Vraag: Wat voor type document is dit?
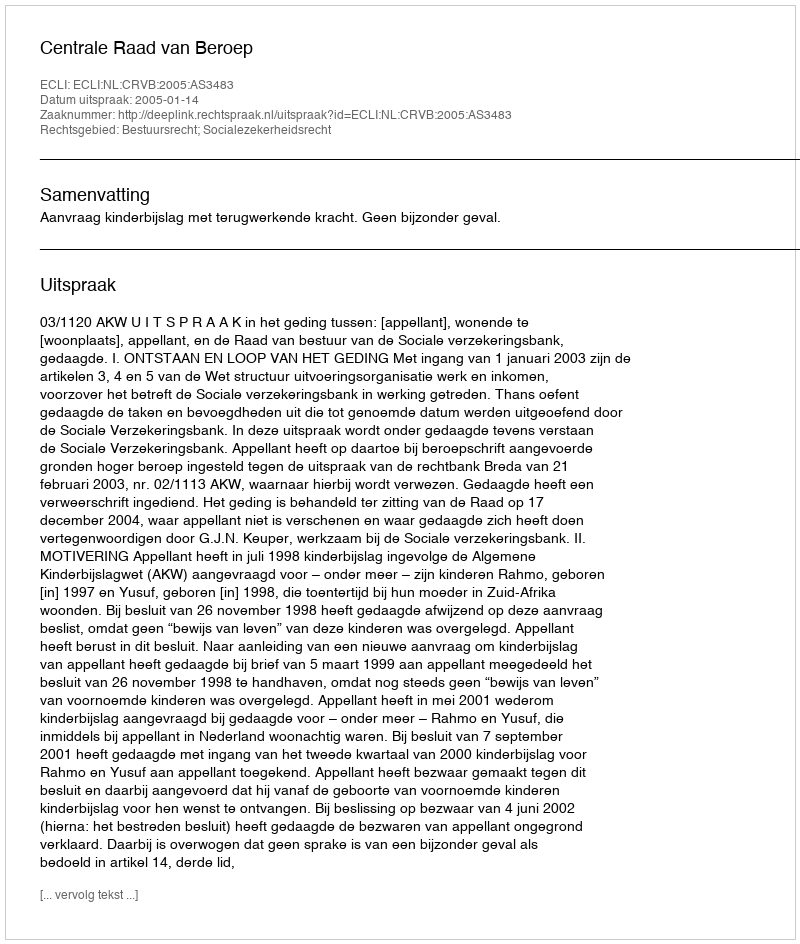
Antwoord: Uitspraak